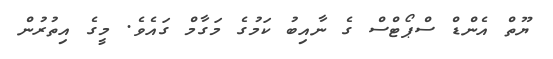
ޔޫތް އެންޑް ސްޕޯޓްސް ގެ ނާއިބު ކަމުގެ މަގާމް ގައެވެ. މީގެ އިތުރުން